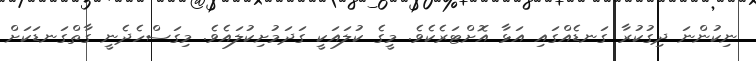
ނިކުންނަ ދިގުކުރާ ގަނޑެއްގައި އަޅާ އޮށްޓަރެކެވެ. މީގެ ކުލައަކީ ގަދަމުށިކުލައެވެ. މިގަސްހެދެނީ ގާތްގަނޑަކަށް